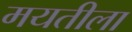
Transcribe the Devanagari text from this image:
मयतीला